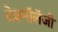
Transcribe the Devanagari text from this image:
टेक्नॉलॅजी